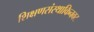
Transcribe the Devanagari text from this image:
शिक्षणसंस्थाकिनवट